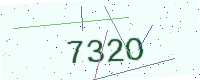
Text: 732O